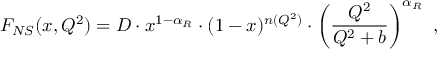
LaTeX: F _ { N S } ( x , Q ^ { 2 } ) = D \cdot x ^ { 1 - \alpha _ { R } } \cdot ( 1 - x ) ^ { n ( Q ^ { 2 } ) } \cdot \left( \frac { Q ^ { 2 } } { Q ^ { 2 } + b } \right) ^ { \alpha _ { R } } \ ,